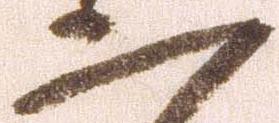
二